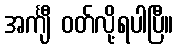
အင်္ကျီ ဝတ်လို့ရပါပြီ။